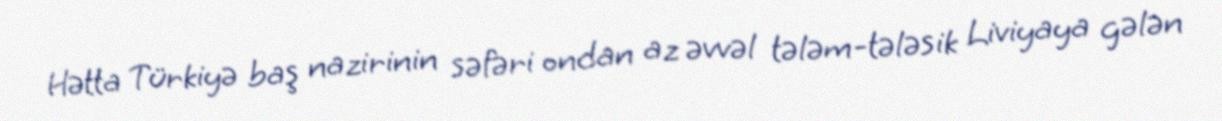
Hətta Türkiyə baş nazirinin səfəri ondan az əvvəl tələm-tələsik Liviyaya gələn